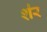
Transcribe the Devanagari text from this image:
श॑र